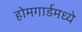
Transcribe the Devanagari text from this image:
होमगार्डमध्ये